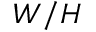
W / H